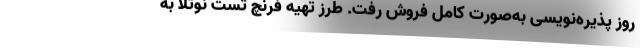
روز پذیره‌نویسی به‌صورت کامل فروش رفت. طرز تهیه فرنچ تست نوتلا به